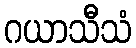
ဂယာသီသံ